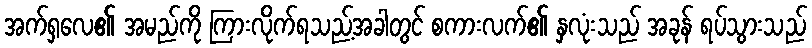
အက်ရှလေ၏ အမည်ကို ကြားလိုက်ရသည့်အခါတွင် စကားလက်၏ နှလုံးသည် အခုန် ရပ်သွားသည်